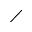
\diagup